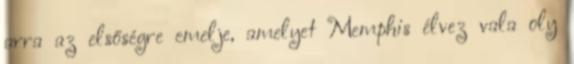
arra az elsőségre emelje, amelyet Memphis élvez vala oly